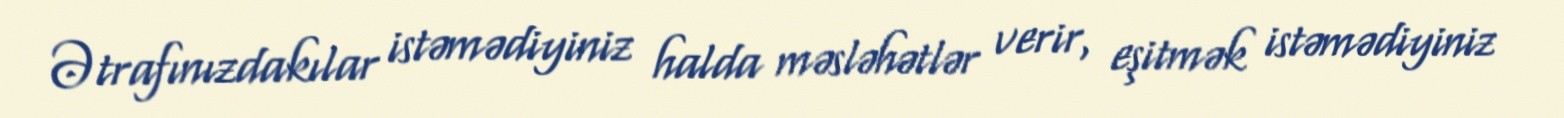
Ətrafınızdakılar istəmədiyiniz halda məsləhətlər verir, eşitmək istəmədiyiniz